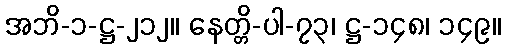
အဘိ-၁-ဋ္ဌ-၂၁၂။ နေတ္တိ-ပါ-၇၃၊ ဋ္ဌ-၁၄၈၊ ၁၄၉။